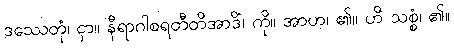
ဒဿေတုံ၊ ငှာ။ နီရာဂါစရတီတိအာဒိံ၊ ကို။ အာဟ၊ ၏။ ဟိ သစ္စံ၊ ၏။